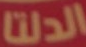
الدلتا